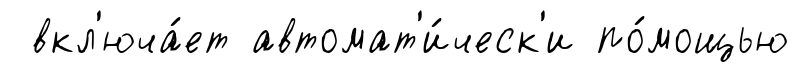
вкл'юча́ет автомат'и́ческ'и по́мощью